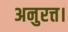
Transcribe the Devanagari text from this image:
अनुरत्त।